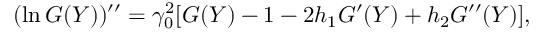
( \ln G ( Y ) ) ^ { \prime \prime } = \gamma _ { 0 } ^ { 2 } [ G ( Y ) - 1 - 2 h _ { 1 } G ^ { \prime } ( Y ) + h _ { 2 } G ^ { \prime \prime } ( Y ) ] ,